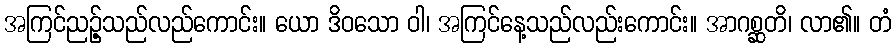
အကြင်ညဉ့်သည်လည်ကောင်း။ ယော ဒိဝသော ဝါ၊ အကြင်နေ့သည်လည်းကောင်း။ အာဂစ္ဆတိ၊ လာ၏။ တံ